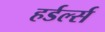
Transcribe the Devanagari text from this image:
हर्डर्ल्स